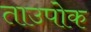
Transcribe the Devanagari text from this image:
ताउपोक